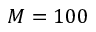
M = 1 0 0